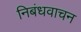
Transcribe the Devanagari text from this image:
निबंधवाचन